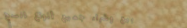
بيع وشراء جميع أنواع السج